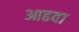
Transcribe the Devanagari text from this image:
आढवा